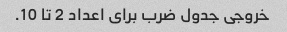
خروجی جدول ضرب برای اعداد 2 تا 10.